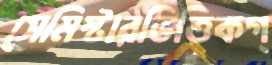
সেমিস্টারভিত্তিকগ্